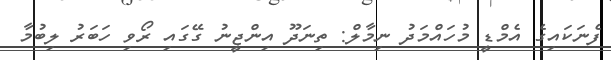
ފެނަކައިގެ އެމްޑީ މުހައްމަދު ނިމާލް: ތިނަދޫ އިންޖީނު ގޭގައި ރޯވި ހަބަރު ލިބުމާ